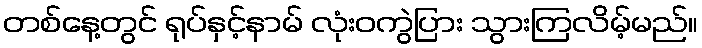
တစ်နေ့တွင် ရုပ်နှင့်နာမ် လုံးဝကွဲပြား သွားကြလိမ့်မည်။